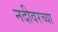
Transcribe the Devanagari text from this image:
नदीवरच्या